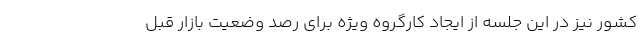
کشور نیز در این جلسه از ایجاد کارگروه ویژه برای رصد وضعیت بازار قبل